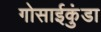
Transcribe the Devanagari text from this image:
गोसाईकुंडा